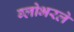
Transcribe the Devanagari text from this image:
ग्लोभरले